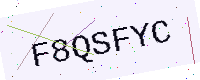
Text: F8QSFYC